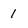
Character: 1